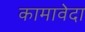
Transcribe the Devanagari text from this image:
कामावेदा